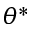
\theta ^ { * }